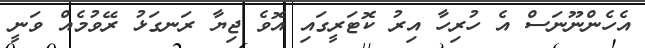
އެހެންނޫނަސް އެ ހުރިހާ އިރު ކޮޓަރީގައި އޮވެ ޖިޔާ ރަނގަޅު ރޭވުމެއް ވަނީ